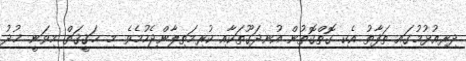
ދިރިއުޅުމުގައި ތަފާތު އެކި ގޮތްގޮތުން އުނދަގޫތަކާއި ކުރިމަތިލާންޖެހުމެވެ. މި ޙަޤީޤަތް މިވަނީ ޚުދު